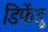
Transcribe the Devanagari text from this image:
डिफेंडु